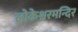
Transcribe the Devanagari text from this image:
लोकेश्वरमन्दिर